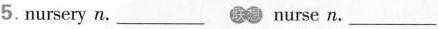
5.nursery n. ___ nurse n. ___